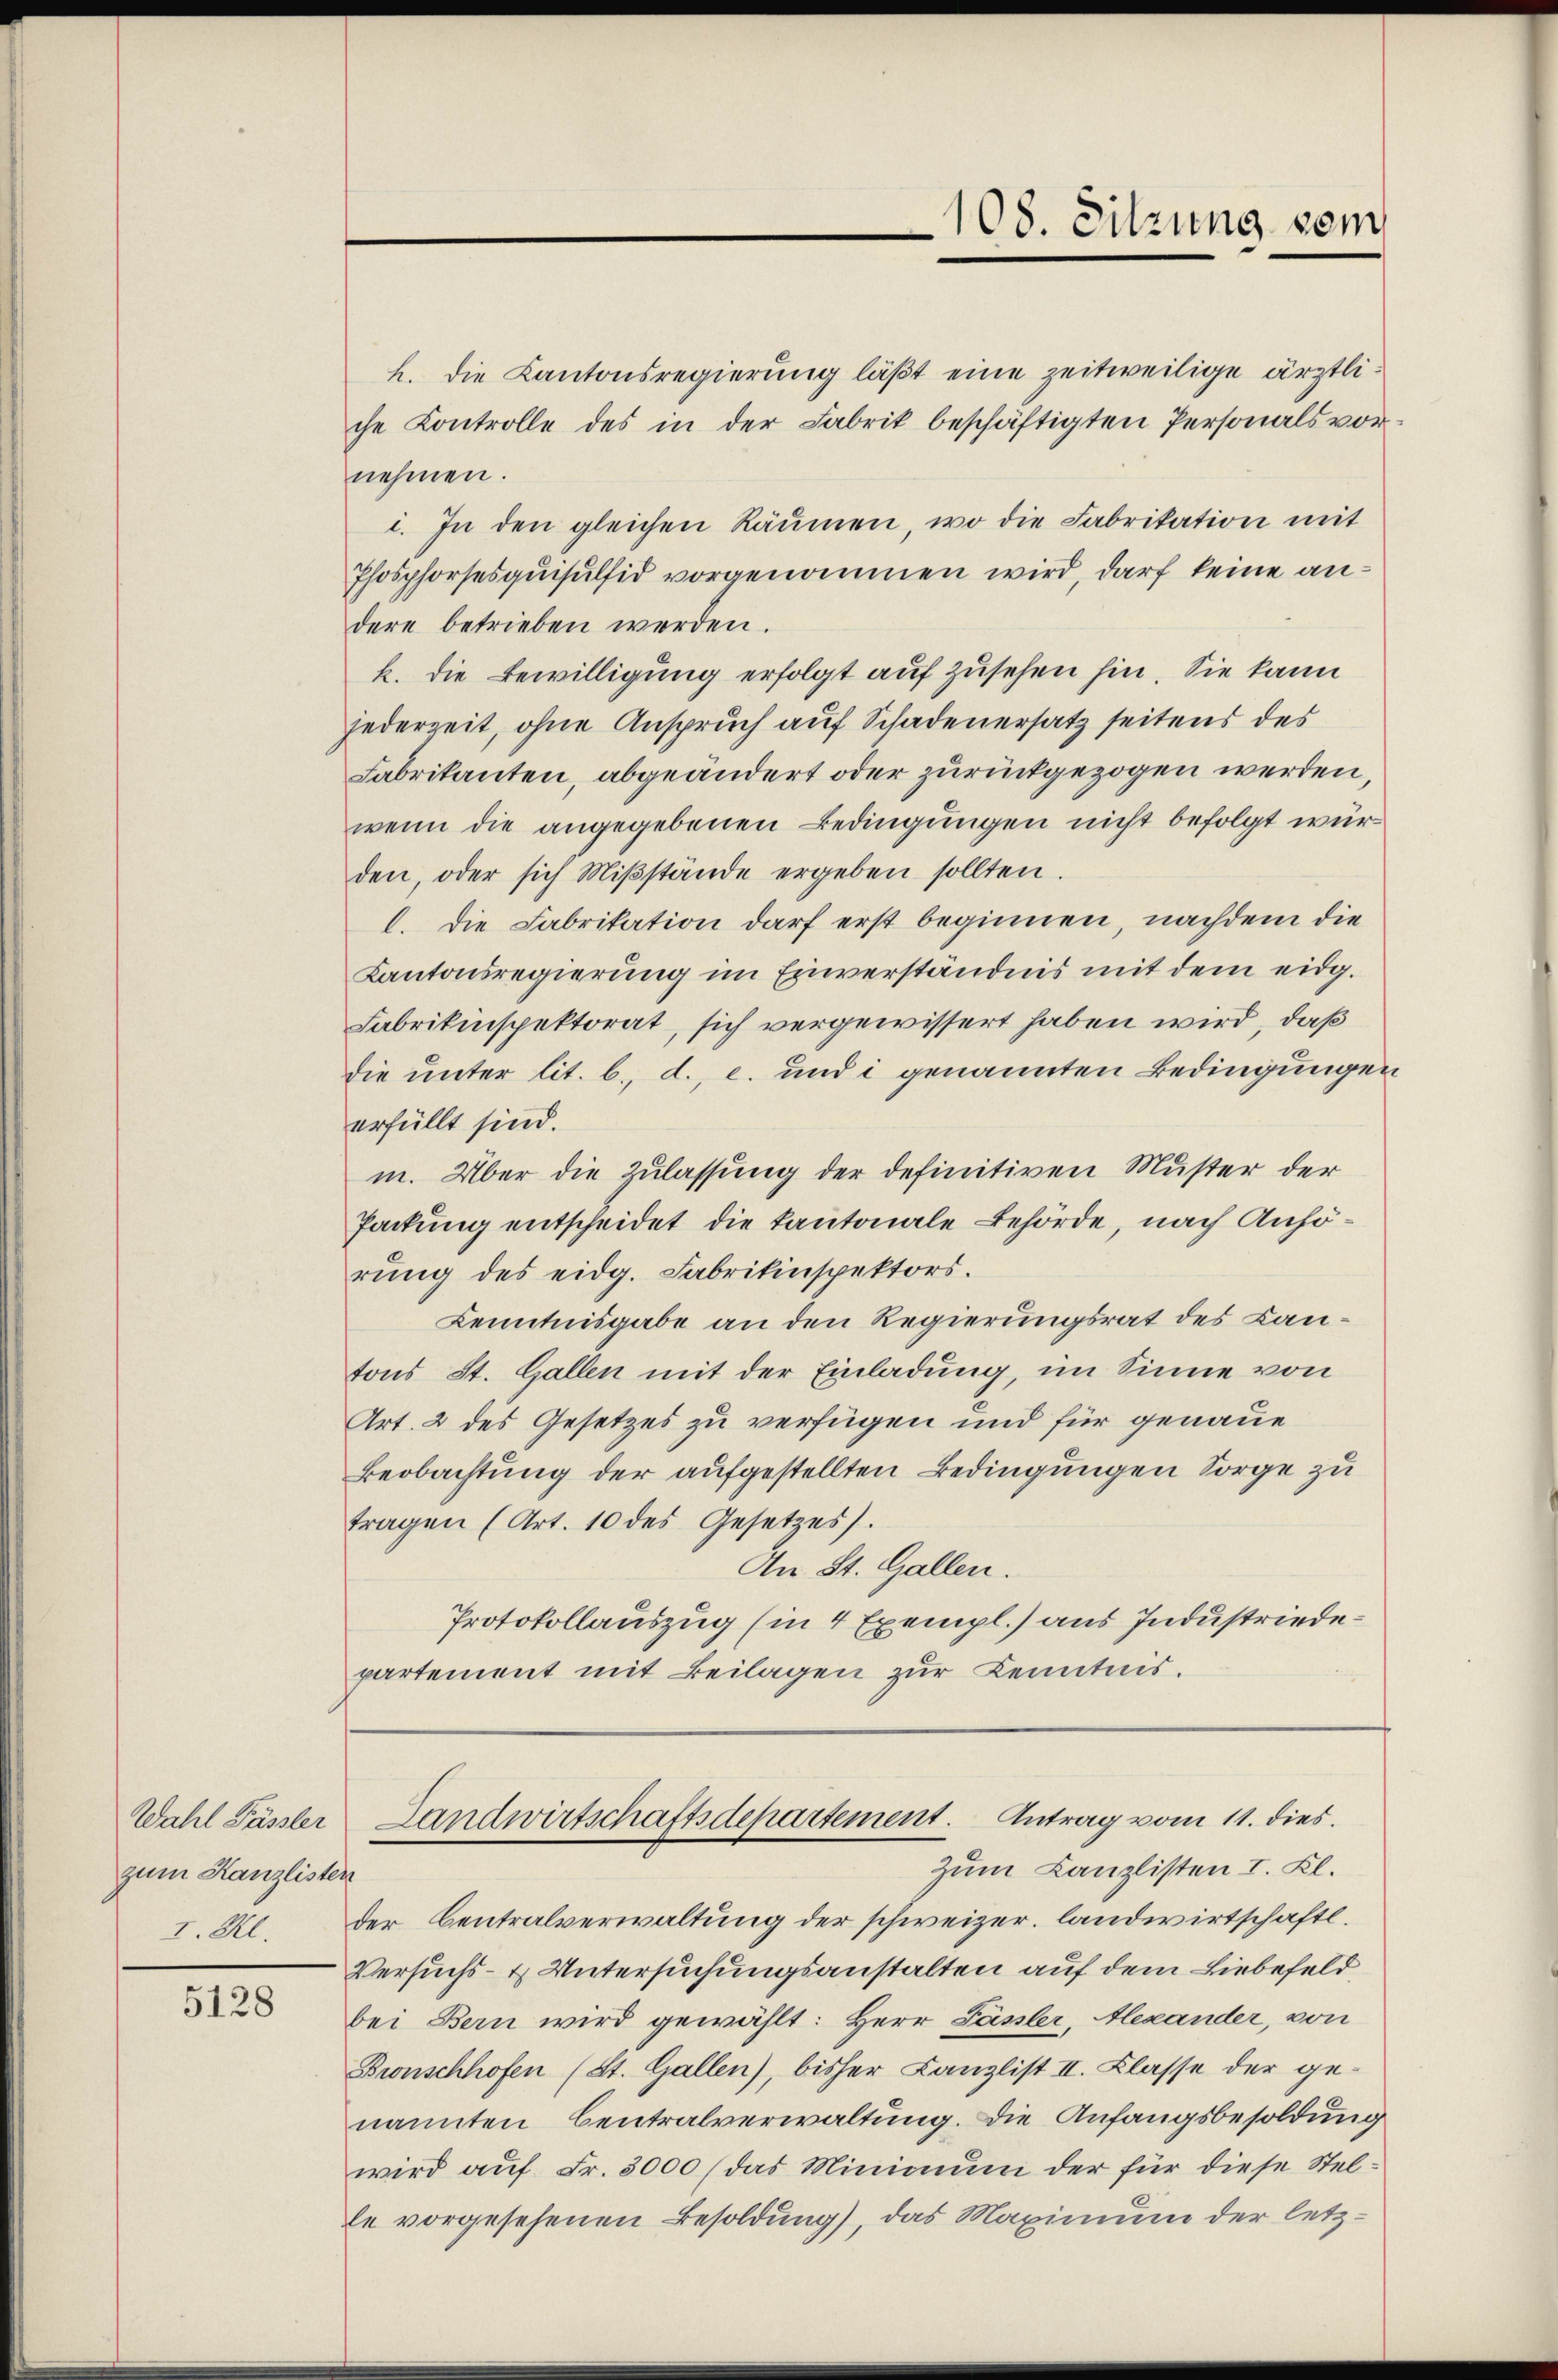
zum Kanzlisten
I. Kl.

5128

108. Sitzung vom

h. die Kantonsregierung läßt eine zeitweilige ärztliche Kontrolle des in der Fabrik beschäftigten Personals vornehmen.
1. In den gleichen Räumen, wo die Fabrikation mit
Phosphorsesquisulfid vorgenommen wird, darf keine andere betrieben werden.
k. die Bewilligung erfolgt auf zusehen hin. Sie kann
jederzeit, ohne Anspruch auf Schadenersatz seitens des
Fabrikanten, abgeändert oder zurückgezogen werden,
wenn die angegebenen Bedingungen nicht befolgt würden, oder sich Miβstände ergeben sollten.
l. Die Fabrikation darf erst beginnen, nachdem die
Kantonsregierung im Einverständnis mit dem eidg.
Fabrikinspektorat, sich vergewissert haben wird, daß
die unter lit. b. d. c. und i genannten Bedingungen
erfüllt sind.
m. Über die Zulassung der definitiven Muster der
Packung entscheidet die kantonale Behörde, nach Anhörŭng des eidg. Fabrikinspektors.
Kenntnisgabe an den Regierungsrat des Lantons St. Gallen mit der Einladung, im Sinne von
Art. 2 des Gesetzes zu verfügen und für genaue
Beobachtung der aufgestellten Bedingungen Sorge zu
tragen (Art. 10 des Gesetzes).
An St. Gallen.
Protokollauszug (in 4 Exempl.) aus Industriedepartement mit Beilagen zur Kenntnis.

Wahl Fässler Landwirtschaftsdepartement. Antrag vom 11. dies
Zum Canzlisten I. Kl.

der Centralverwaltung der schweizer, landwirtschaftl.
Versuchs- & Untersuchungsanstalten auf dem Liebefeld
bei Bern wird gewählt: Herr Fässler, Alexander, von
Bionschhofen (St. Gallen), bisher Canzlist II. Klasse der genannten Centralverwaltung. Die Anfangsbesoldung
wird aŭf Fr. 3000 (das Minimum der für diese Stelle vorgesehenen Besoldung), das Maximum der letz¬